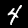
Digit: 4